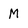
Character: M